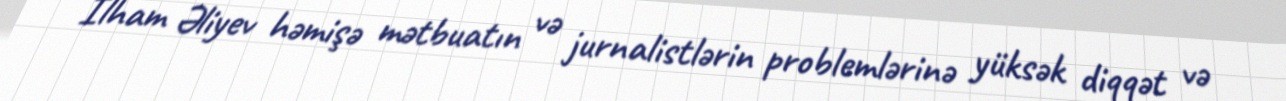
İlham Əliyev həmişə mətbuatın və jurnalistlərin problemlərinə yüksək diqqət və